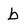
Character: b